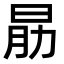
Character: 𣌰